Leningradi_Edasi_toimetus, lk 34
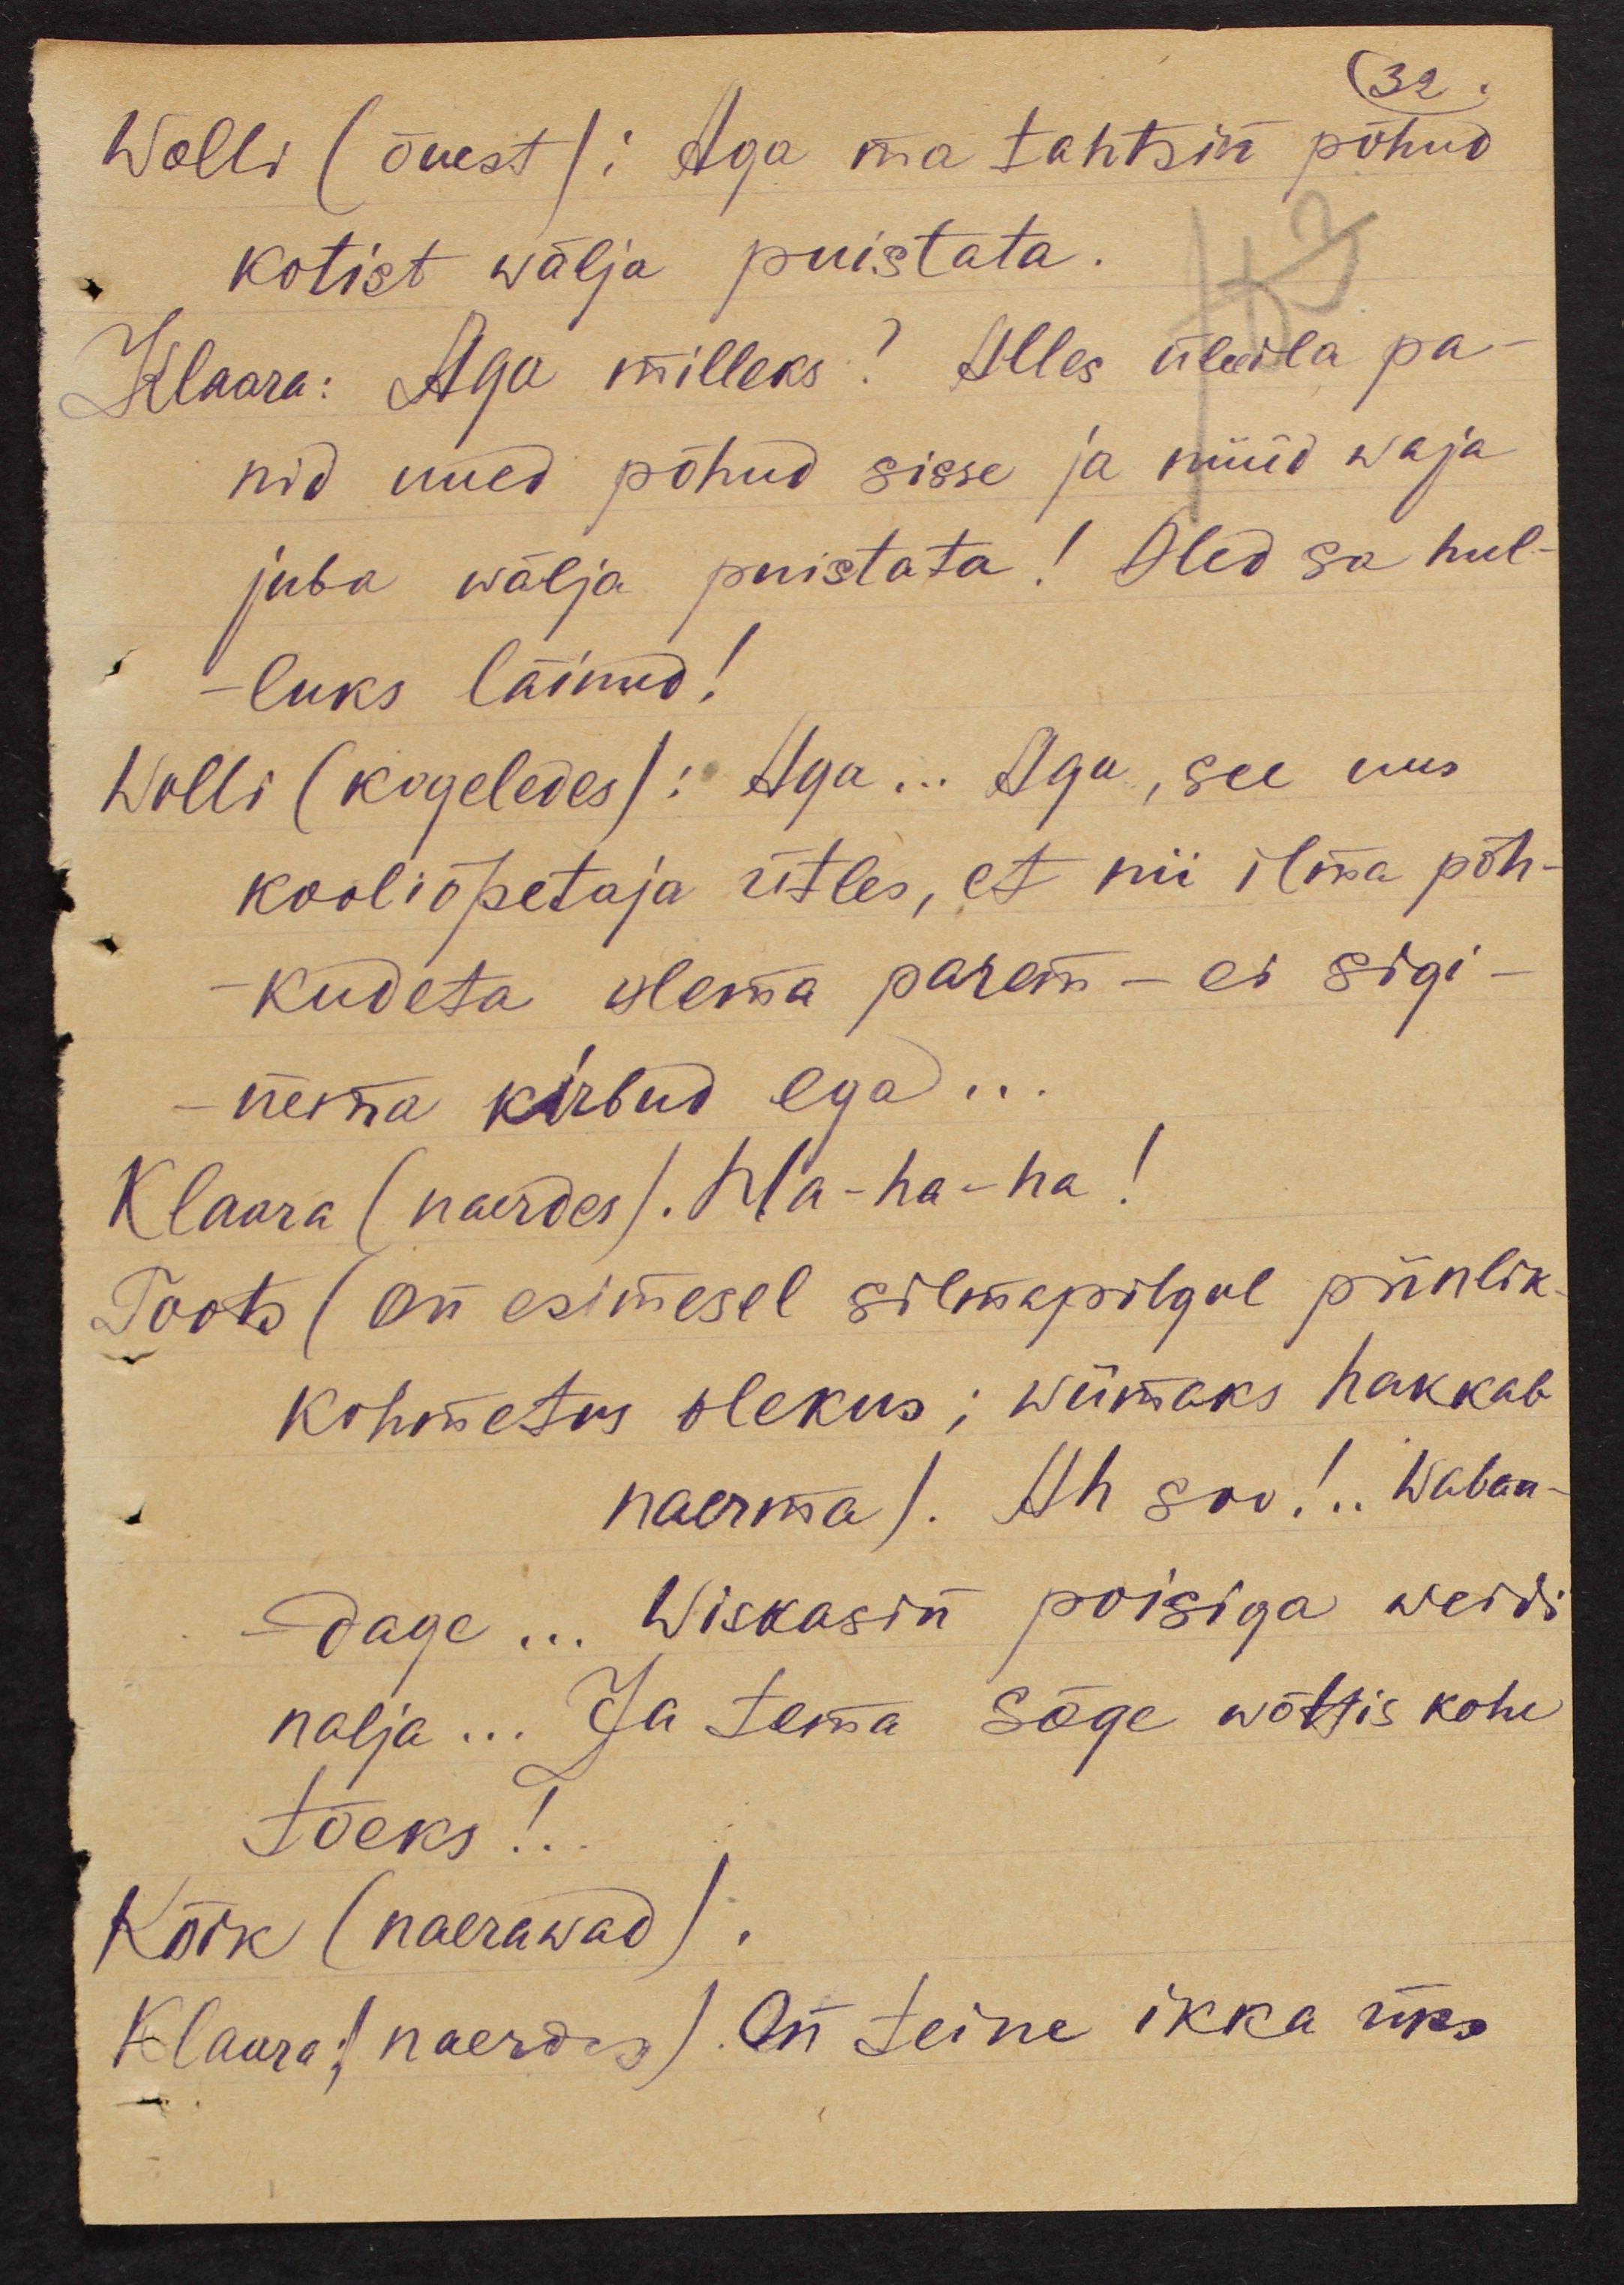
32.
Wolli (õuest): Aga ma tahtsin põhud
kotist wälja puistata.
Klaara: Aga milleks? Alles üleeila pa-
nid uued põhud sisse ja nüüd waja
juba wälja puistata! Oled sa hul-
luks läinud!
Wolli (kogeledes): Aga... Aga, see uus
kooliõpetaja ütles, et nii ilma põh-
kudeta olema parem - ei sigi-
nema kirbud ega...
Klaara (naerdes). Ha-ha-ha!
Toots (on esimesel silmapilgul piinlik
kohmetus olekus; wiimaks hakkab
naerma). Ah soo!.. Waban-
dage... Wiskasin poisiga weidi
nalja... Ja tema sõge wõttis kohe
tõeks!.
Kõik (naerawad).
Klaara (naerdes). On teine ikka üks